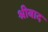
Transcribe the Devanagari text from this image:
श्रीबाद